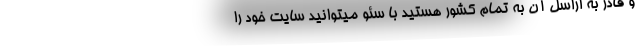
و قادر به اراسل آن به تمام کشور هستید با سئو میتوانید سایت خود را